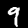
Digit: 9